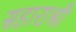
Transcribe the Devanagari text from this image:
सहाराश्री